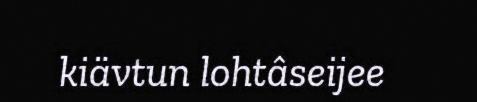
kiävtun lohtâseijee